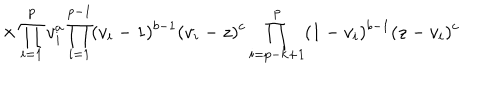
LaTeX: \hspace { 1 5 m m } \times \prod _ { i = 1 } ^ { p } v _ { i } ^ { a } \prod _ { i = 1 } ^ { p - 1 } ( v _ { i } - 1 ) ^ { b - 1 } ( v _ { i } - z ) ^ { c } \prod _ { i = p - k + 1 } ^ { p } ( 1 - v _ { i } ) ^ { b - 1 } ( z - v _ { i } ) ^ { c }